Riigikantselei, lk 7
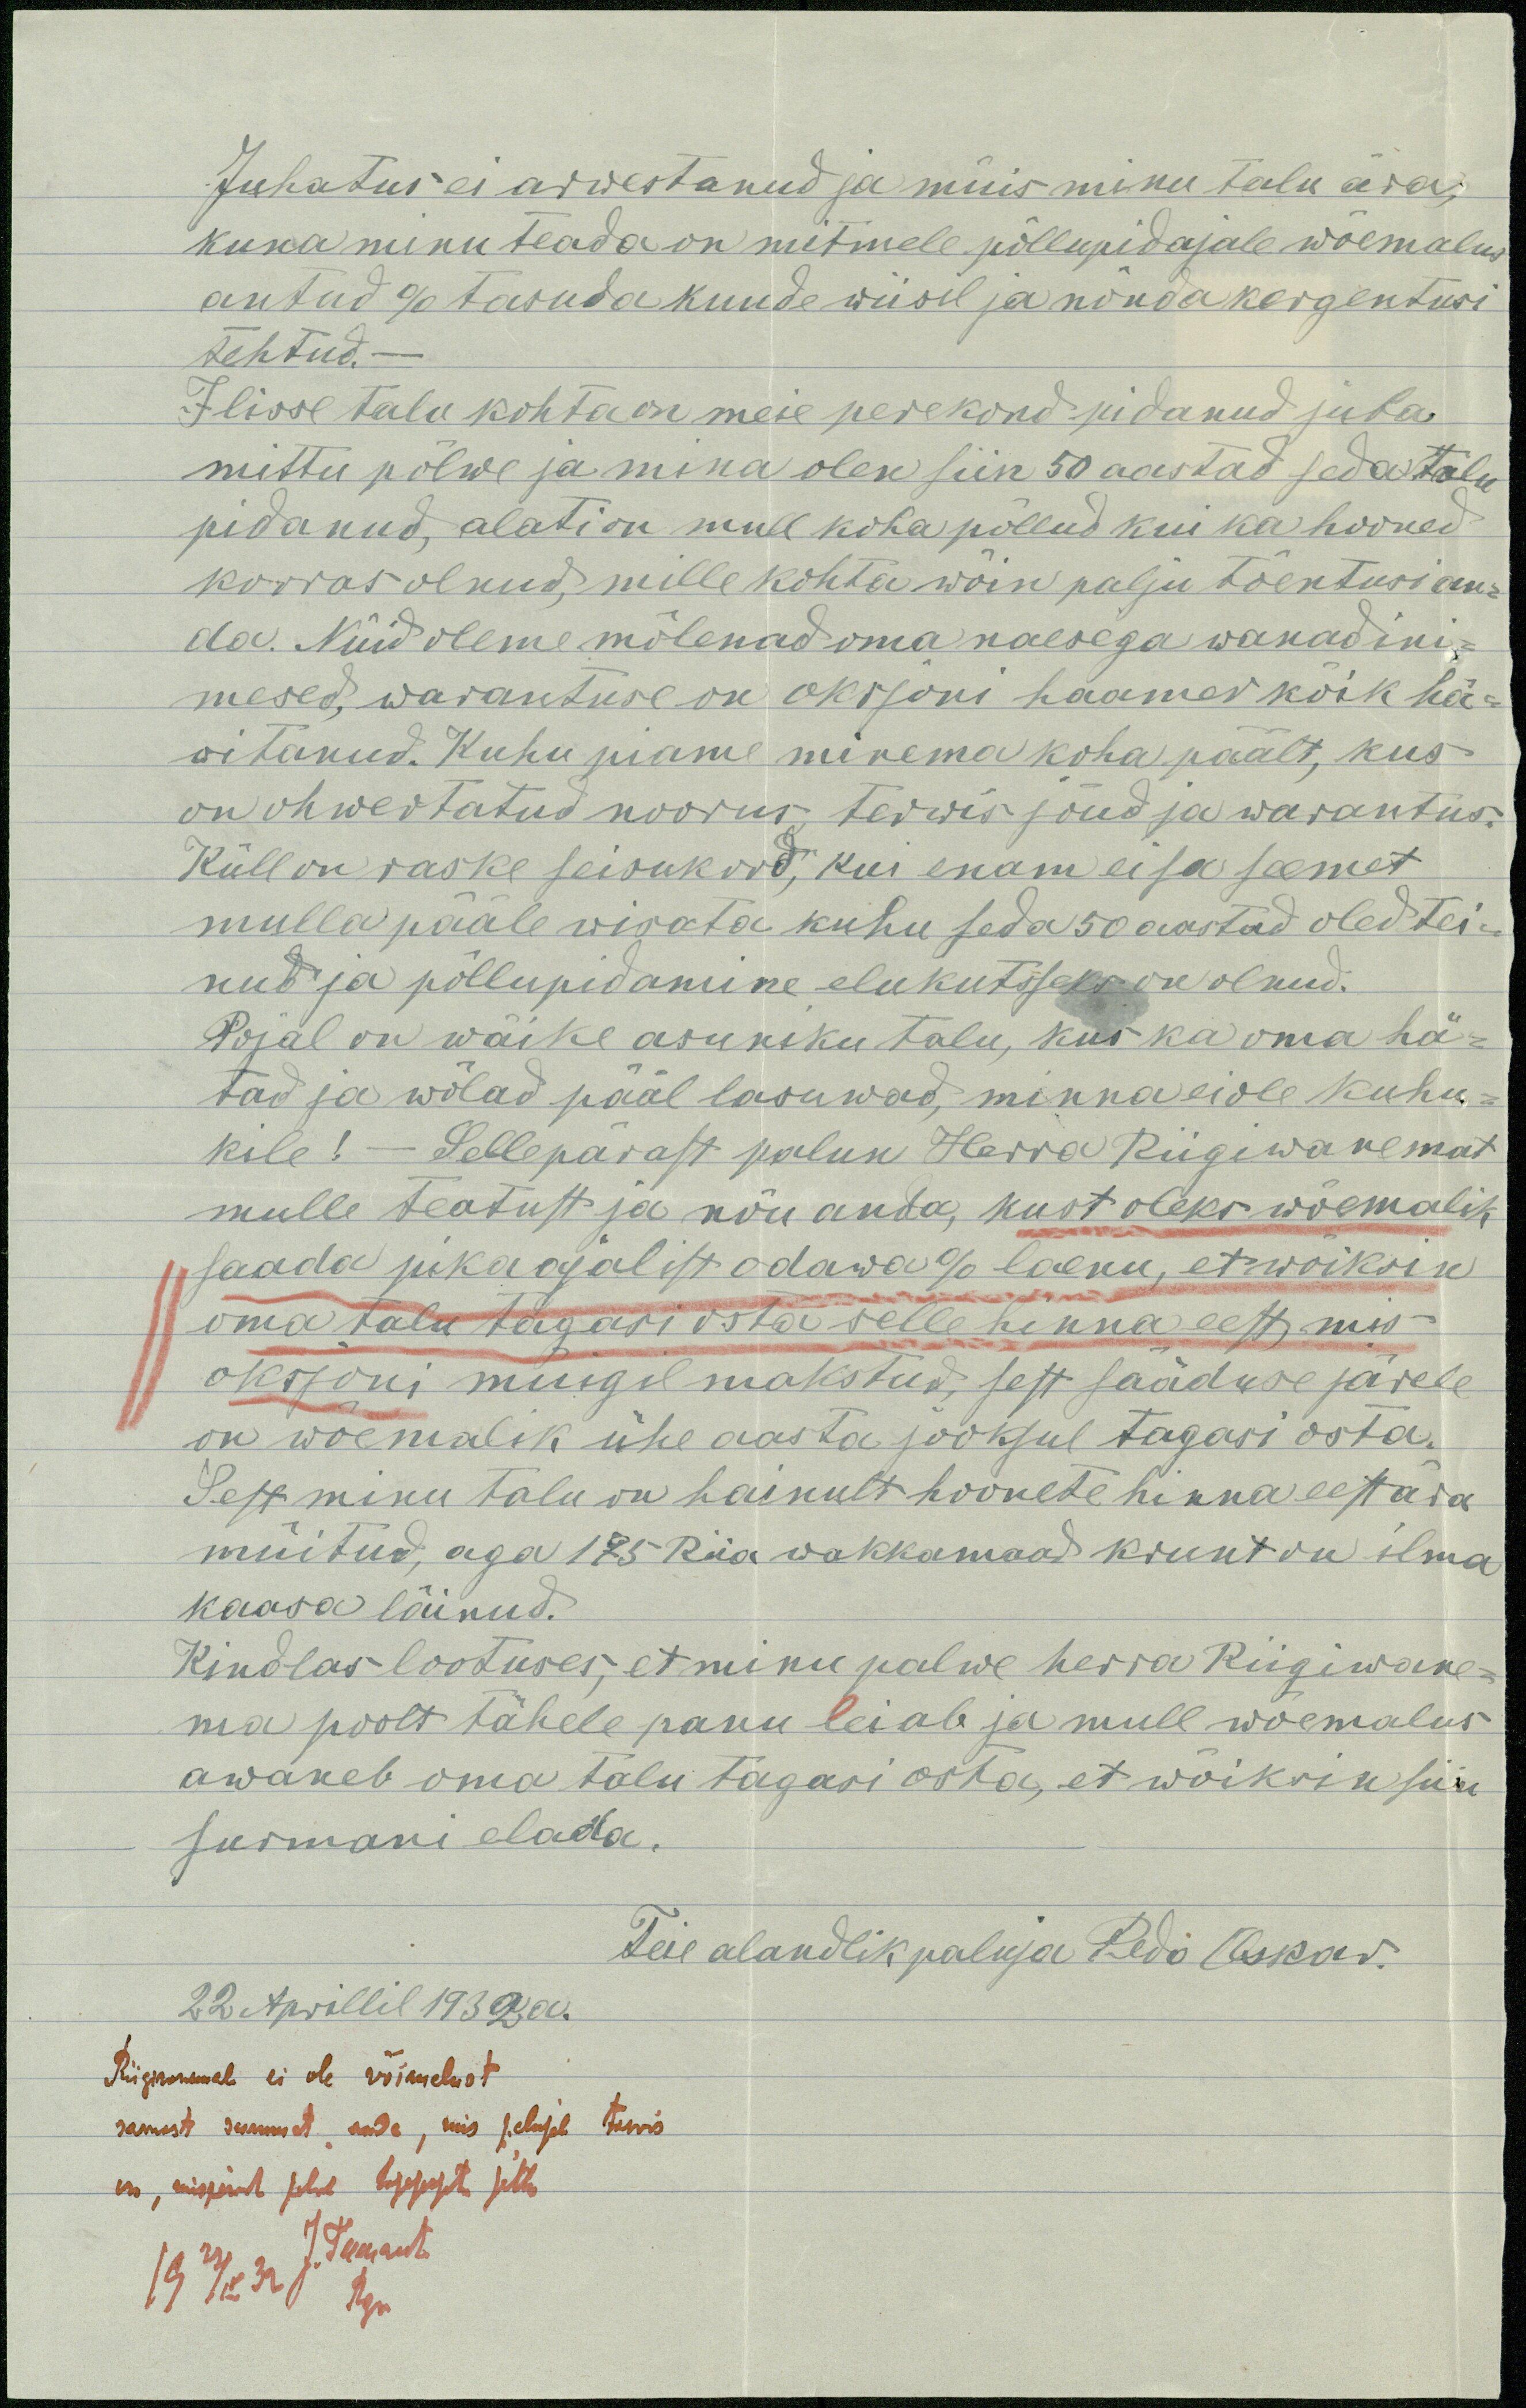
Juhatus ei arwestanud ja müis minu talu ära;
kuna minu teada on mitmele põllupidajale wõemalus
antud % tasuda kuude wiisil ja nõnda kergentusi
tehtud. -
Ilisse talu kohta on meie perekond pidanud juba
mittu põlwe ja mina olen siin 50 aastad seda talu
pidanud, alati on mull koha põllud kui ka hooned
korras olnud, mille kohta wõin palju tõentusi an-
da. Nüid oleme mõlenad oma naesega wanad ini-
mesed, warantuse on oksjoni haamer kõik hä-
witanud. Kuhu piame minema koha päält, kus
on ohwertatud noorus, terwis, jõud ja warantus.
Küll on raske seisukord, kui enam ei sa seemet
mulla pääle wisata kuhu seda 50 aastad oled tei-
nud ja põllupidamine elukutusseks on olnud.
Pojal on wäike asuniku talu, kus ka oma hä-
tad ja wõlad pääl lasuwad, minna ei ole kuhu-
kile! - Sellepärast palun Herra Riigiwanemat
mulle teatust ja nõu anda, kust oleks wõemalik
saada pikaajalist odawa % laenu, et wõiksin
oma talu tagasi osta selle hinna eest, mis
oksjoni müigil makstud, sest sääduse järele
on wõemalik ühe aasta jooksul tagasi osta.
Sest minu talu on hainult hoonete hinna eest ära
müitud, aga 175 Riia wakkamaad krunt on ilma
kaasa läinud.
Kindlas lootuses, et minu palwe herra Riigiwane-
ma poolt tähele panu leiab ja mull wõemalus
awaneb oma talu tagasi osta, et wõiksin siin
surmani elada.
Teie alandlik paluja Pedo Oskar.
22 Aprillil 1932 a.
Riigwanemal ei ole võimalust
sarnast summat anda, mis palujal tarvis
on, mispärast palve tagajärjeta jätta.
J. Teemant
19 22/IV 32
Rgw